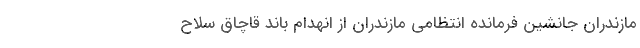
مازندران جانشین فرمانده انتظامی مازندران از انهدام باند قاچاق سلاح